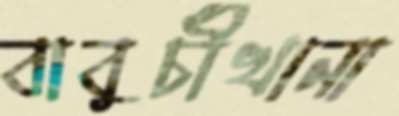
বাবুর্চীখানা